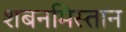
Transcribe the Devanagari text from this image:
शबनमिस्तान